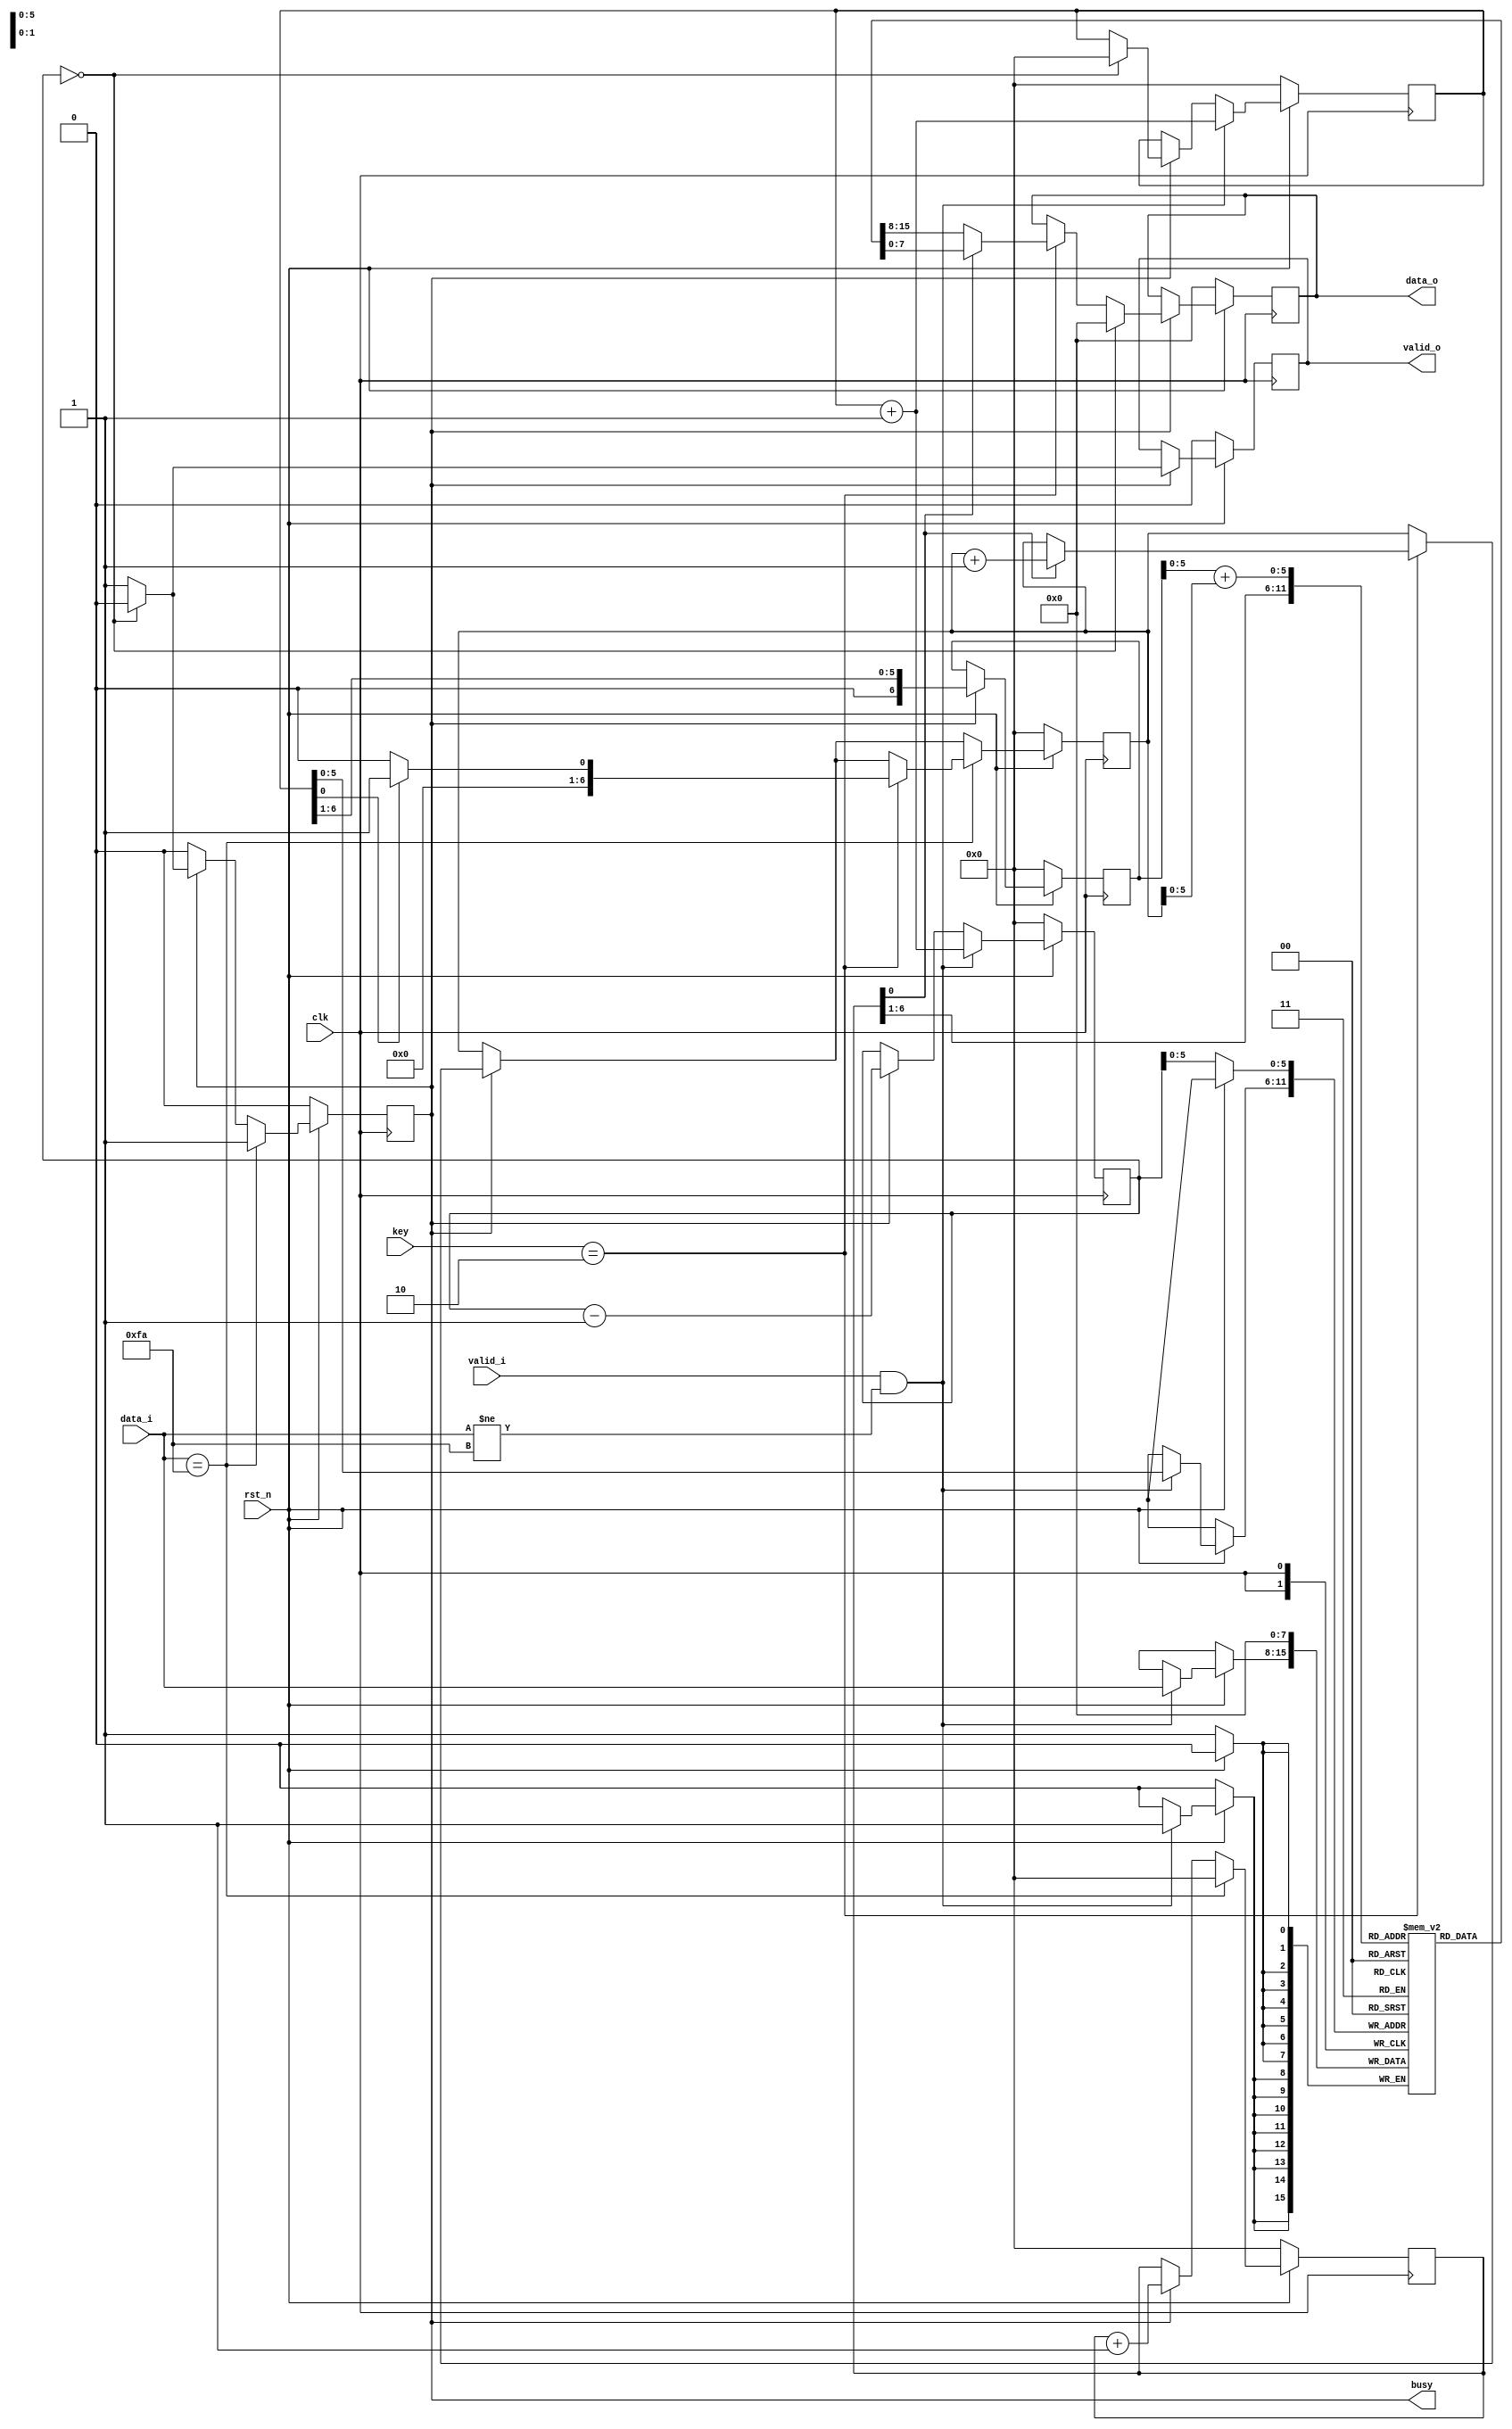
`timescale 1ns / 1ps
//////////////////////////////////////////////////////////////////////////////////
// Company: 
// Engineer: 
// 
// Design Name: 
// Module Name:    zigzag_decryption 
// Project Name: 
// Target Devices: 
// Tool versions: 
// Description: 
//
// Dependencies: 
//
// Revision: 
// Revision 0.01 - File Created
// Additional Comments: 
//
//////////////////////////////////////////////////////////////////////////////////
module zigzag_decryption #(
				parameter D_WIDTH = 8,
				parameter KEY_WIDTH = 8,
				parameter MAX_NOF_CHARS = 50,
				parameter START_DECRYPTION_TOKEN = 8'hFA
			)(
			// Clock and reset interface
			input clk,
			input rst_n,
			
			// Input interface
			input[D_WIDTH - 1:0] data_i,
			input valid_i,
			
			// Decryption Key
			input[KEY_WIDTH - 1 : 0] key,
			
			// Output interface
            output reg busy,
			output reg[D_WIDTH - 1:0] data_o,
			output reg valid_o
    );

// TODO: Implement ZigZag Decryption here

reg[D_WIDTH - 1:0] a [50:0]; // vectorul in care o sa stocam valorile lui data_i
reg [6:0] i;
reg [6:0] f;
reg [6:0] j;
reg [6:0] q;
reg [6:0] Q;
reg [6:0] m;
reg [6:0] m1;
always @(posedge clk) begin
	if(rst_n == 0) begin
						data_o <= 0;
						busy <= 0;
						valid_o <= 0;
						i <= 0; // i este numarul de elemente din a si de asemenea ne ajuta sa ne dam seama cand 
						// toate elementele din vector au fost scrise in data_o 
						q <= 0; // q este jumatatea sirului nostru
						j <= 0; // contorul vectorului a (de fiecare data cand adaugam un element j se incrementeaza)
						f <= 0; // cu ajutorul lui f ne plimbam pe linii atunci cand decriptam
						a[i] <= 0;
						m<=0;
				   end
				   
				   
		else 	begin
					if(busy == 1)   begin 
										valid_o <= 1;
										q <= j>>1;
										if (key == 2) if (f[0] == 0 ) data_o <= a[f>>1]; //daca cheia este 2 si indicele este par punem valoarea pe pozitia f/2 
																						else  begin 
																									data_o <= a[q+m ];
																									m <= m+1;
																								end
																		//daca indicele este impar scriem valoarea de la jumatatea numarului incolo
										f <= f + 1;
										i <= i - 1;
										
										
										if(i==0) begin //daca i=0 inseamna cas-a ajuns la finalul decripatrii si o sa facem toate acele valori 0
													busy <=0;
													valid_o <= 0;
													data_o <= 0;
													j <= 0;
												end
								    end 
					
					
					
					if (valid_i == 1 && data_i != 8'hFA ) begin // daca valid_i este activ si semnalul nostru este diferit de valoaea nula atunci putem 
																//adauga in vectorul creat de noi valoarea lui data_i
													a[j] <= data_i;
													j <= j+1;
													i <= j+1;
													
									  end	
					if (data_i == 8'hFA) begin 
										busy <= 1;
										f <= 0;
										if(key == 2)	if (j[0] == 0) m <= 0;
															else m<=1;
										m1<=0;
									    end			
				end
end
endmodule